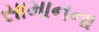
સામાનના